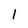
Character: 1